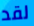
لقد